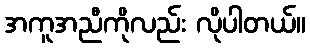
အကူအညီကိုလည်း လိုပါတယ်။